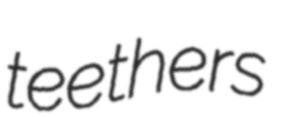
teethers